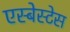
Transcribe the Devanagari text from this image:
एस्बेस्टेस